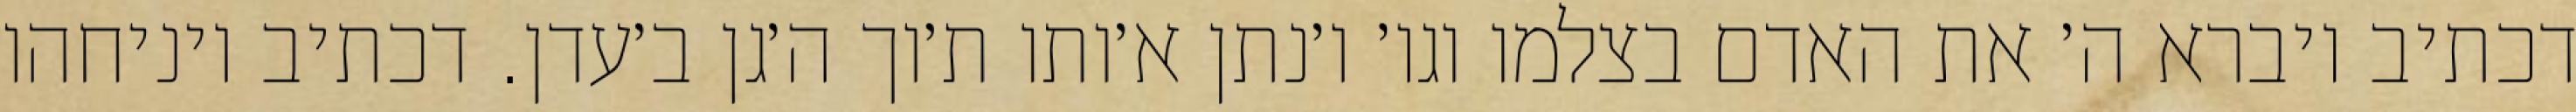
דכתיב ויברא ה׳ את האדם בצלמו וגו׳ ו׳נתן א׳ותו ת׳וך ה׳גן ב׳עדן. דכתיב ויניחהו